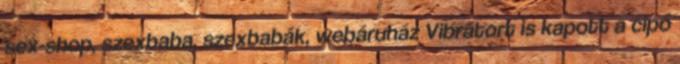
sex-shop, szexbaba, szexbabák, webáruház Vibrátort is kapott a cipő